Report of an investigation into the causes of malaria in Bombay and the measures necessary for its control
Disease focus: Malaria
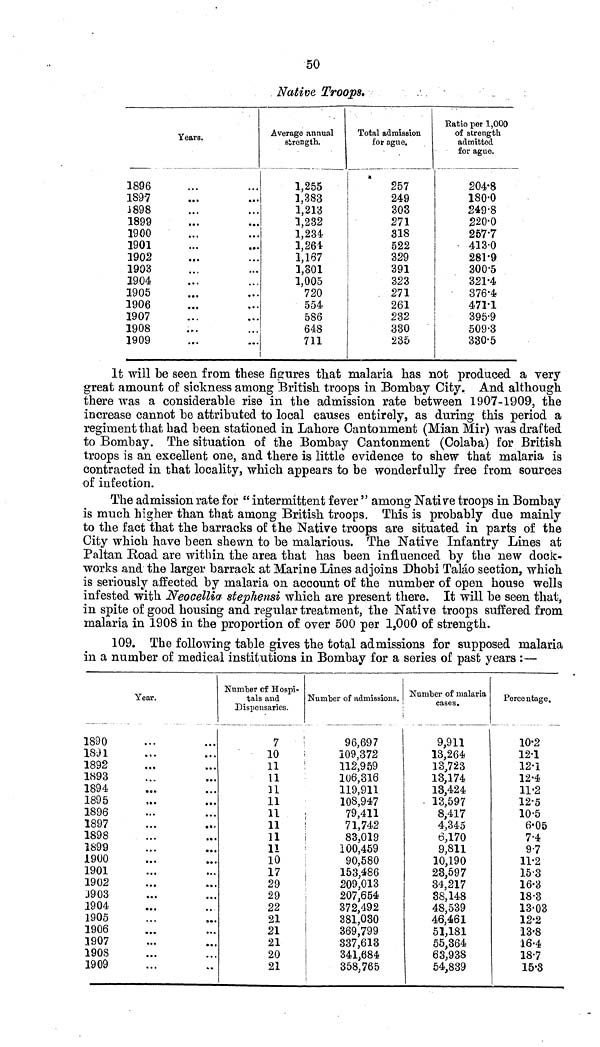
50
Native Troops,
1896
1897
1898
1899
1900
1901
1902
1903
1904
1905
1906
1907
1908
1909
Years.
...
...
...
Average annual
strength.
1,255
1,383
1,213
1,232
1,234
1,264
1,167
1,801
1,005
720
554
586
648
711
Total admission
for ague.
257
249
303
271
318
522
329
391
323
271
261
232
330
235
Ratio per 1,000
of strength
admitted
for ague.
204.8
180.0
249.8
220.0
257.7
4130
281.9
300.5
321.4
376.4
4711
395.9
509.3
330.5
It will be seen from these figures that malaria has not produced a very
great amount of sickness among British troops in Bombay City. And although
there was a considerable rise in the admission rate between 1907-1909, the
increase cannot be attributed to local causes entirely, as during this period a
regiment that had been stationed in Lahore Cantonment (Mian Mir) was drafted
to Bombay. The situation of the Bombay Cantonment (Colaba) for British
troops is an excellent one, and there is little evidence to shew that malaria is
contracted in that locality, which appears to be wonderfully free from sources
of infection.
The admission rate for "intermittent fever" among Native troops in Bombay
is much higher than that among British troops. This is probably due mainly
to the fact that the barracks of the Native troops are situated in parts of the
City which have been shewn to be malarious. The Native Infantry Lines at
Paitan Road are within the area that has been influenced by the new dock-
works and the larger barrack at Marine Lines adjoins Dhobi Taláo section, which
is seriously affected by malaria on account of the number of open house wells
infested with Neocellia stephensi which are present there. It will be seen that,
in spite of good housing and regular treatment, the Native troops suffered from
malaria in 1908 in the proportion of over 500 per 1,000 of strength.
109. The following table gives the total admissions for supposed malaria
in a number of medical institutions in Bombay for a series of past years :—
1890
1891
1892
1893
1894
1895
1896
1897
1898
1899
1900
1901
1902
1903
1904
1905
1906
1907
1908
1909
Year.
...
...
...
...
...
...
...
...
...
...
...
...
...
.. .
...
...
...
...
...
...
...
...
...
Number of Hospi-
tals and
Dispensaries.
7
10
11
11
11
11
11
11
11
11
10
17
29
29
22
21
21
21
20
21
Number of admissions.
96,697
109,372
112,959
106,316
119,911
108,947
79,411
71,742
83,019
100,459
90,580
153,486
209,013
207,654
372,492
381,030
369,799
337,613
341.684
358,765
Number of malaria
cases.
9,911
13,264
13,723
13,174
13,424
13,597
8,417
4,345
6,170
9,811
10,190
23,597
34,217
38.148
48,539
46,461
51,181
55,364
63,938
54,839
Percentage.
10.2
121
12.1
12.4
11.2
12.5
10.5
6.05
7.4
97
11.2
15.3
16.3
18.3
13.03
12.2
13.8
16.4
18.7
15.3